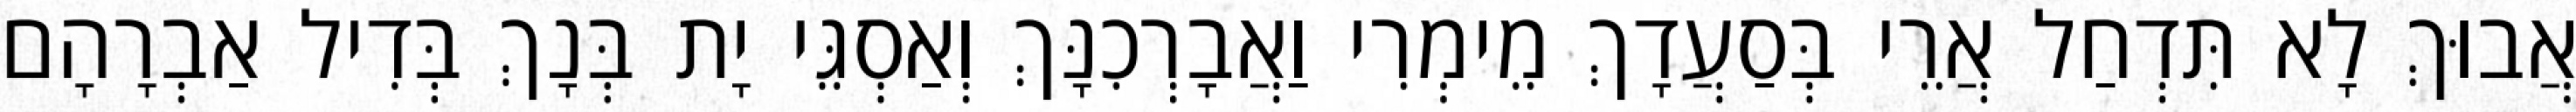
אֲבוּךְ לָא תִּדְחַל אֲרֵי בְּסַעֲדָךְ מֵימְרִי וַאֲבָרְכִנָּךְ וְאַסְגֵּי יָת בְּנָךְ בְּדִיל אַבְרָהָם